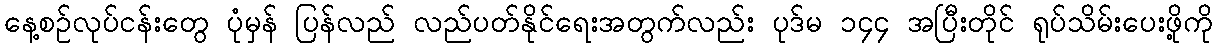
နေ့စဉ်လုပ်ငန်းတွေ ပုံမှန် ပြန်လည် လည်ပတ်နိုင်ရေးအတွက်လည်း ပုဒ်မ ၁၄၄ အပြီးတိုင် ရုပ်သိမ်းပေးဖို့ကို